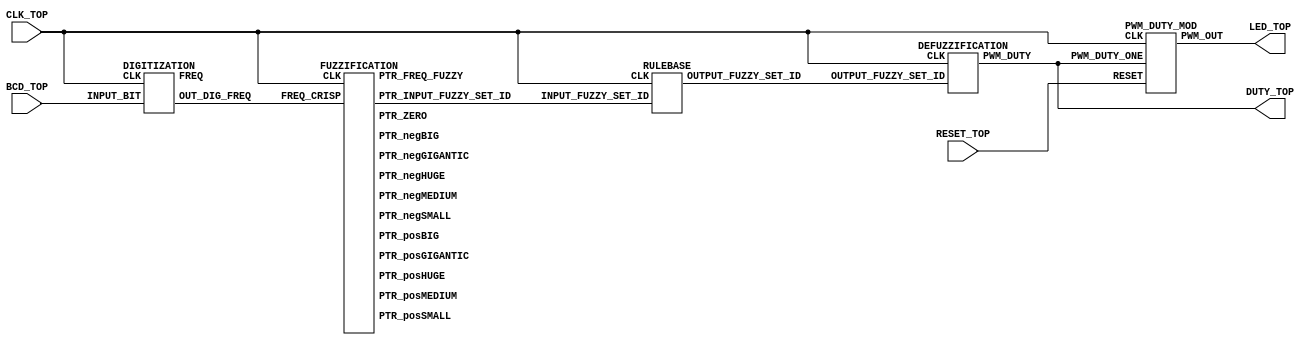
// Code your design here
`timescale 1ns / 1ps
//////////////////////////////////////////////////////////////////////////////////
// Company: 
// Engineer: 
// 
// Design Name: 
// Module Name: TOP
// Project Name: 
// Target Devices: 
// Tool Versions: 
// Description: 
// 
// Dependencies: 
// 
// Revision:
// Revision 0.01 - File Created
// Additional Comments:
// 
//////////////////////////////////////////////////////////////////////////////////

// Code your design here

module TOP_LED(
  input CLK_TOP,
  input RESET_TOP,
  input [7:0] BCD_TOP,
  //output [7:0] digital_freq,
  output [7:0] DUTY_TOP,
  //output [7:0] fuzzy_set_id
  output LED_TOP
);

  // PWM Output Pin of LED of FPGA/SoC Developement Board
  wire PWM_OUT_TOP;
  
  wire [7:0] DIGITAL_FREQ_TOP;
  
  // Digital Output Frequency 
  wire [7:0] OUT_DIG_FREQ_TOP;

  //wire [7:0] output_fuzzy_set_id;

  // Input FUZZY FREQUENCY

  wire [7:0] PTR_FREQ_FUZZY_TOP;
  wire [7:0] PTR_INPUT_FUZZY_SET_ID_TOP;

  //Input FUZZY SETS

  wire [7:0] PTR_negGIGANTIC_TOP;
  wire [7:0] PTR_negHUGE_TOP;
  wire [7:0] PTR_negBIG_TOP;
  wire [7:0] PTR_negMEDIUM_TOP;
  wire [7:0] PTR_negSMALL_TOP;
  wire [7:0] PTR_ZERO_TOP;
  wire [7:0] PTR_posSMALL_TOP;
  wire [7:0] PTR_posMEDIUM_TOP;
  wire [7:0] PTR_posBIG_TOP;
  wire [7:0] PTR_posHUGE_TOP;
  wire [7:0] PTR_posGIGANTIC_TOP;
  wire [7:0] OUTPUT_FUZZY_SET_ID_TOP;

  wire [7:0] PWM_DUTY_CYCLE_TOP;

  //reg PROCESS_Control = 2'b00;

  // 1. MODULE to Digitize the BCD Value That is Received From The ADC

  DIGITIZATION DIGITIZATION(
    .CLK(CLK_TOP),
    .INPUT_BIT(BCD_TOP),
    .FREQ(DIGITAL_FREQ_TOP),
    .OUT_DIG_FREQ(OUT_DIG_FREQ_TOP)
  );

  // 2. MODULE to Fuzzify The Input Frequency

  FUZZIFICATION FUZZIFICATION(
    .CLK(CLK_TOP),
    .FREQ_CRISP(OUT_DIG_FREQ_TOP),
    .PTR_FREQ_FUZZY(PTR_FREQ_FUZZY_TOP),
    .PTR_INPUT_FUZZY_SET_ID(PTR_INPUT_FUZZY_SET_ID_TOP),
    .PTR_negGIGANTIC(PTR_negGIGANTIC_TOP),
    .PTR_negHUGE(PTR_negHUGE_TOP),
    .PTR_negBIG(PTR_negBIG_TOP),
    .PTR_negMEDIUM(PTR_negMEDIUM_TOP),
    .PTR_negSMALL(PTR_negSMALL_TOP),
    .PTR_ZERO(PTR_ZERO_TOP),
    .PTR_posSMALL(PTR_posSMALL_TOP),
    .PTR_posMEDIUM(PTR_posMEDIUM_TOP),
    .PTR_posBIG(PTR_posBIG_TOP),
    .PTR_posHUGE(PTR_posHUGE_TOP),
    .PTR_posGIGANTIC(PTR_posGIGANTIC_TOP)
  );

  // 3. RULEBASE MODULE to Infer The Output Membership Function Based On The Input Membership Function

  RULEBASE RULEBASE(
    .CLK(CLK_TOP),
    .INPUT_FUZZY_SET_ID(PTR_INPUT_FUZZY_SET_ID_TOP),
    .OUTPUT_FUZZY_SET_ID(OUTPUT_FUZZY_SET_ID_TOP)
  );

  // 4. DEFUZZIFICATION MODULE to Defuzzify The Fuzzy Values Into a Crisp Output

  DEFUZZIFICATION DEFUZZIFICATION(
    .CLK(CLK_TOP),
    .OUTPUT_FUZZY_SET_ID(OUTPUT_FUZZY_SET_ID_TOP),
    .PWM_DUTY(PWM_DUTY_CYCLE_TOP)
  );

  PWM_DUTY_MOD PWM_DUTY_MOD(.CLK(CLK_TOP),
                    .RESET(RESET_TOP),
                    .PWM_DUTY_ONE(PWM_DUTY_CYCLE_TOP),
                    .PWM_OUT(PWM_OUT_TOP)
                   );
  
  assign DUTY_TOP = PWM_DUTY_CYCLE_TOP;
  //assign fuzzy_set_id = output_fuzzy_set_id;
  assign LED_TOP = PWM_OUT_TOP;

endmodule

// Digitization Module

module DIGITIZATION(
  input CLK,
  input  [7:0] INPUT_BIT,
  output [7:0] OUT_DIG_FREQ,
  output [7:0] FREQ
); 
  reg BIT_ONE = 1'b1;
  reg BIT_ZER = 1'b0;
  reg [3:0] LSB_DIG;
  reg [3:0] MSB_DIG;   
  reg [7:0] INTERNAL_FREQ;
   
  // This 'always' Block Only Converts The Data Bits Received In The PMOD Ports of The FPGA BOARD to Binary Digit Values.

  always @(posedge CLK) 
    begin
      //  Aassigning Appropriate Values to The BCD LSB
      if ((INPUT_BIT[3] == BIT_ZER) && (INPUT_BIT[2] == BIT_ZER) && (INPUT_BIT[1] == BIT_ZER) && (INPUT_BIT[0] == BIT_ZER))
        begin
          LSB_DIG <= 4'b0000;
        end 
      else if ((INPUT_BIT[3] == BIT_ZER) && (INPUT_BIT[2] == BIT_ZER) && (INPUT_BIT[1] == BIT_ZER) && (INPUT_BIT[0] == BIT_ONE)) 
        begin
          LSB_DIG <= 4'b0001;
        end 
      else if ((INPUT_BIT[3] == BIT_ZER) && (INPUT_BIT[2] == BIT_ZER) && (INPUT_BIT[1] == BIT_ONE) && (INPUT_BIT[0] == BIT_ZER)) 
        begin
            LSB_DIG <= 4'b0010;
        end 
      else if ((INPUT_BIT[3] == BIT_ZER) && (INPUT_BIT[2] == BIT_ZER) && (INPUT_BIT[1] == BIT_ONE) && (INPUT_BIT[0] == BIT_ONE)) 
          begin
            LSB_DIG <= 4'b0011;
        end 
      else if ((INPUT_BIT[3] == BIT_ZER) && (INPUT_BIT[2] == BIT_ONE) && (INPUT_BIT[1] == BIT_ZER) && (INPUT_BIT[0] == BIT_ZER)) 
        begin
            LSB_DIG <= 4'b0100;
        end 
      else if ((INPUT_BIT[3] == BIT_ZER) && (INPUT_BIT[2] == BIT_ONE) && (INPUT_BIT[1] == BIT_ZER) && (INPUT_BIT[0] == BIT_ONE)) 
        begin
            LSB_DIG <= 4'b0101;
        end 
      else if ((INPUT_BIT[3] == BIT_ZER) && (INPUT_BIT[2] == BIT_ONE) && (INPUT_BIT[1] == BIT_ONE) && (INPUT_BIT[0] == BIT_ZER)) 
        begin
            LSB_DIG <= 4'b0110;
        end 
      else if ((INPUT_BIT[3] == BIT_ZER) && (INPUT_BIT[2] == BIT_ONE) && (INPUT_BIT[1] == BIT_ONE) && (INPUT_BIT[0] == BIT_ONE)) 
        begin
            LSB_DIG <= 4'b0111;    
        end 
      else if ((INPUT_BIT[3] == BIT_ONE) && (INPUT_BIT[2] == BIT_ZER) && (INPUT_BIT[1] == BIT_ZER) && (INPUT_BIT[0] == BIT_ZER)) 
        begin
            LSB_DIG <= 4'b1000;
        end 
      else if ((INPUT_BIT[3] == BIT_ONE) && (INPUT_BIT[2] == BIT_ZER) && (INPUT_BIT[1] == BIT_ZER) && (INPUT_BIT[0] == BIT_ONE)) 
        begin
            LSB_DIG <= 4'b1001;
        end
      
      //  Aassigning Appropriate Values to The BCD MSB      
      if ((INPUT_BIT[7] == BIT_ZER) && (INPUT_BIT[6] == BIT_ZER) && (INPUT_BIT[5] == BIT_ZER) && (INPUT_BIT[4] == BIT_ZER)) 
        begin
            MSB_DIG <= 4'b0000;
        end 
      else if ((INPUT_BIT[7] == BIT_ZER) && (INPUT_BIT[6] == BIT_ZER) && (INPUT_BIT[5] == BIT_ZER) && (INPUT_BIT[4] == BIT_ONE)) 
          begin
            MSB_DIG <= 4'b0001;
        end 
      else if ((INPUT_BIT[7] == BIT_ZER) && (INPUT_BIT[6] == BIT_ZER) && (INPUT_BIT[5] == BIT_ONE) && (INPUT_BIT[4] == BIT_ZER)) 
        begin
            MSB_DIG <= 4'b0010;
        end 
      else if ((INPUT_BIT[7] == BIT_ZER) && (INPUT_BIT[6] == BIT_ZER) && (INPUT_BIT[5] == BIT_ONE) && (INPUT_BIT[4] == BIT_ONE)) 
        begin
            MSB_DIG <= 4'b0011;
        end 
      else if ((INPUT_BIT[7] == BIT_ZER) && (INPUT_BIT[6] == BIT_ONE) && (INPUT_BIT[5] == BIT_ZER) && (INPUT_BIT[4] == BIT_ZER)) 
        begin
            MSB_DIG <= 4'b0100;
        end 
      else if ((INPUT_BIT[7] == BIT_ZER) && (INPUT_BIT[6] == BIT_ONE) && (INPUT_BIT[5] == BIT_ZER) && (INPUT_BIT[4] == BIT_ONE)) 
        begin
            MSB_DIG <= 4'b0101;
        end 
      else if ((INPUT_BIT[7] == BIT_ZER) && (INPUT_BIT[6] == BIT_ONE) && (INPUT_BIT[5] == BIT_ONE) && (INPUT_BIT[4] == BIT_ZER)) 
        begin
            MSB_DIG <= 4'b0110;
        end 
      else if ((INPUT_BIT[7] == BIT_ZER) && (INPUT_BIT[6] == BIT_ONE) && (INPUT_BIT[5] == BIT_ONE) && (INPUT_BIT[4] == BIT_ONE)) 
        begin
            MSB_DIG <= 4'b0111;
        end 
      else if ((INPUT_BIT[7] == BIT_ONE) && (INPUT_BIT[6] == BIT_ZER) && (INPUT_BIT[5] == BIT_ZER) && (INPUT_BIT[4] == BIT_ZER)) 
        begin
            MSB_DIG <= 4'b1000;
        end 
      else if ((INPUT_BIT[7] == BIT_ONE) && (INPUT_BIT[6] == BIT_ZER) && (INPUT_BIT[5] == BIT_ZER) && (INPUT_BIT[4] == BIT_ONE)) 
        begin
            MSB_DIG <= 4'b1001;
        end
    end

  always @*
    begin
       INTERNAL_FREQ <= (MSB_DIG * 4'b1010) + {3'b0, LSB_DIG};
    end
  
  assign FREQ = INTERNAL_FREQ;
  
  reg [7:0] DIG_FREQ;
  
  parameter ZER = 5'b00000;
  parameter ONE = 5'b00001;
  parameter TWO = 5'b00010;
  parameter THR = 5'b00011;
  parameter FOR = 5'b00100;
  parameter FIV = 5'b00101; 
  parameter SIX = 5'b00110; 
  parameter SEV = 5'b00111; 
  parameter EIG = 5'b01000;
  parameter NIN = 5'b01001;
  parameter TEN = 5'b01010;
  parameter ELE = 5'b01011;
  parameter TWE = 5'b01100;
  parameter THI = 5'b01101;
  parameter FRT = 5'b01110;
  parameter FIF = 5'b01111;
  parameter SXT = 5'b10000;
  parameter SVT = 5'b10001;
  parameter EIT = 5'b10010;
  parameter NIT = 5'b10011;
  parameter TWT = 5'b10100;
  parameter TON = 5'b10101;
    
  
  parameter  FORTY_eBIT        = 8'b00101000;
  parameter  FORTY_ONE_eBIT    = 8'b00101001; 
  parameter  FORTY_TWO_eBIT    = 8'b00101010;
  parameter  FORTY_THREE_eBIT  = 8'b00101011;
  parameter  FORTY_FOUR_eBIT   = 8'b00101100;
  parameter  FORTY_FIVE_eBIT   = 8'b00101101;
  parameter  FORTY_SIX_eBIT    = 8'b00101110;
  parameter  FORTY_SEVEN_eBIT  = 8'b00101111;
  parameter  FORTY_EIGHT_eBIT  = 8'b00110000;
  parameter  FORTY_NINE_eBIT   = 8'b00110001;
  parameter  FIFTY_eBIT        = 8'b00110010;
  parameter  FIFTY_ONE_eBIT    = 8'b00110011;
  parameter  FIFTY_TWO_eBIT    = 8'b00110100;
  parameter  FIFTY_THREE_eBIT  = 8'b00110101;
  parameter  FIFTY_FOUR_eBIT   = 8'b00110110;
  parameter  FIFTY_FIVE_eBIT   = 8'b00110111;
  parameter  FIFTY_SIX_eBIT    = 8'b00111000;
  parameter  FIFTY_SEVEN_eBIT  = 8'b00111001;
  parameter  FIFTY_EIGHT_eBIT  = 8'b00111010;
  parameter  FIFTY_NINE_eBIT   = 8'b00111011;
  parameter  SIXTY_eBIT        = 8'b00111100;
 
  always @(posedge CLK)
    begin
      if(INTERNAL_FREQ <= FORTY_eBIT)
        begin
          DIG_FREQ = ZER;
        end
      else if((INTERNAL_FREQ > FORTY_eBIT) && (INTERNAL_FREQ <= FORTY_ONE_eBIT))
        begin
          DIG_FREQ = ONE;
        end
      else if((INTERNAL_FREQ > FORTY_ONE_eBIT ) && (INTERNAL_FREQ <= FORTY_TWO_eBIT))
        begin
          DIG_FREQ = TWO;
        end
      else if((INTERNAL_FREQ > FORTY_TWO_eBIT) && (INTERNAL_FREQ <= FORTY_THREE_eBIT))
        begin
          DIG_FREQ = THR;
        end
      else if((INTERNAL_FREQ > FORTY_THREE_eBIT) && (INTERNAL_FREQ <= FORTY_FOUR_eBIT))
        begin
          DIG_FREQ = FOR;
        end
      else if((INTERNAL_FREQ > FORTY_FOUR_eBIT) && (INTERNAL_FREQ <= FORTY_FIVE_eBIT))
        begin
          DIG_FREQ = FIV;
        end
      else if((INTERNAL_FREQ > FORTY_FIVE_eBIT) && (INTERNAL_FREQ<= FORTY_SIX_eBIT))
        begin
          DIG_FREQ = SIX;
        end
      else if((INTERNAL_FREQ > FORTY_SIX_eBIT) && (INTERNAL_FREQ <= FORTY_SEVEN_eBIT))
        begin
          DIG_FREQ = SEV;
        end
      else if((INTERNAL_FREQ > FORTY_SEVEN_eBIT) && (INTERNAL_FREQ <= FORTY_EIGHT_eBIT))
        begin
          DIG_FREQ = EIG;
        end
      else if((INTERNAL_FREQ > FORTY_EIGHT_eBIT) && (INTERNAL_FREQ <= FORTY_NINE_eBIT))
        begin
          DIG_FREQ = NIN;
        end
      else if((INTERNAL_FREQ > FORTY_NINE_eBIT) && (INTERNAL_FREQ <= FIFTY_eBIT))
        begin
          DIG_FREQ = TEN;
        end
      else if((INTERNAL_FREQ > FIFTY_eBIT) && (INTERNAL_FREQ <= FIFTY_ONE_eBIT))
        begin
          DIG_FREQ = ELE;
        end
      else if((INTERNAL_FREQ > FIFTY_ONE_eBIT) && (INTERNAL_FREQ <= FIFTY_TWO_eBIT))
        begin
          DIG_FREQ = TWE;
        end
      else if((INTERNAL_FREQ > FIFTY_TWO_eBIT) && (INTERNAL_FREQ <= FIFTY_THREE_eBIT))
        begin
          DIG_FREQ = THI;
        end
      else if((INTERNAL_FREQ > FIFTY_THREE_eBIT) && (INTERNAL_FREQ <= FIFTY_FOUR_eBIT))
        begin
          DIG_FREQ = FRT;
        end
      else if((INTERNAL_FREQ > FIFTY_FOUR_eBIT) && (INTERNAL_FREQ <= FIFTY_FIVE_eBIT))
        begin
          DIG_FREQ = FIF;
        end
      else if((INTERNAL_FREQ > FIFTY_FIVE_eBIT) && (INTERNAL_FREQ <= FIFTY_SIX_eBIT))
        begin
          DIG_FREQ = SXT;
        end
      else if((INTERNAL_FREQ > FIFTY_SIX_eBIT) && (INTERNAL_FREQ <= FIFTY_SEVEN_eBIT))
        begin
          DIG_FREQ = SVT;
        end
      else if((INTERNAL_FREQ > FIFTY_SEVEN_eBIT) && (INTERNAL_FREQ <= FIFTY_EIGHT_eBIT))
        begin
          DIG_FREQ = EIT;
        end
      else if((INTERNAL_FREQ > FIFTY_EIGHT_eBIT) && (INTERNAL_FREQ <= FIFTY_NINE_eBIT))
        begin
          DIG_FREQ = NIT;
        end
      else if((INTERNAL_FREQ > FIFTY_NINE_eBIT) && (INTERNAL_FREQ <= SIXTY_eBIT))
        begin
          DIG_FREQ = TWT;
        end
      else if(INTERNAL_FREQ > SIXTY_eBIT)
        begin
          DIG_FREQ = TON;
        end
    end     
  
  assign OUT_DIG_FREQ = DIG_FREQ;
              
endmodule

// Fuzzification

module FUZZIFICATION (
  input  CLK,
  input  [7:0] FREQ_CRISP, 
  output [7:0] PTR_FREQ_FUZZY, 
  output [7:0] PTR_INPUT_FUZZY_SET_ID, 
  output [7:0] PTR_negGIGANTIC, 
  output [7:0] PTR_negHUGE, 
  output [7:0] PTR_negBIG, 
  output [7:0] PTR_negMEDIUM, 
  output [7:0] PTR_negSMALL, 
  output [7:0] PTR_ZERO, 
  output [7:0] PTR_posSMALL, 
  output [7:0] PTR_posMEDIUM, 
  output [7:0] PTR_posBIG, 
  output [7:0] PTR_posHUGE, 
  output [7:0] PTR_posGIGANTIC 
);
    
  reg [7:0] INT_FREQ_FUZZY;
  reg [7:0] INT_INPUT_FUZZY_SET_ID; 
  reg [7:0] INT_negGIGANTIC;
  reg [7:0] INT_negHUGE; 
  reg [7:0] INT_negBIG;
  reg [7:0] INT_negMEDIUM; 
  reg [7:0] INT_negSMALL; 
  reg [7:0] INT_ZERO; 
  reg [7:0] INT_posSMALL; 
  reg [7:0] INT_posMEDIUM; 
  reg [7:0] INT_posBIG; 
  reg [7:0] INT_posHUGE; 
  reg [7:0] INT_posGIGANTIC; 
    
  parameter ZERO_eBIT      =  8'b00000000;
  parameter ONE_eBIT       =  8'b00000001;
  parameter TWO_eBIT       =  8'b00000010;
  parameter THREE_eBIT     =  8'b00000011;
  parameter FOUR_eBIT      =  8'b00000100;
  parameter FIVE_eBIT      =  8'b00000101;
  parameter SIX_eBIT       =  8'b00000110;
  parameter SEVEN_eBIT     =  8'b00000111;
  parameter EIGHT_eBIT     =  8'b00001000;
  parameter NINE_eBIT      =  8'b00001001;
  parameter TEN_eBIT       =  8'b00001010;
  parameter ELEVEN_eBIT    =  8'b00001011;
  parameter TWELVE_eBIT    =  8'b00001100;
  parameter THIRTEEN_eBIT  =  8'b00001101;
  parameter FOURTEEN_eBIT  =  8'b00001110;
  parameter FIFTEEN_eBIT   =  8'b00001111;
  parameter SIXTEEN_eBIT   =  8'b00010000;
  parameter SEVENTEEN_eBIT =  8'b00010001;
  parameter EIGHTEEN_eBIT  =  8'b00010010;
  parameter NINETEEN_eBIT  =  8'b00010011;
  parameter TWENTY_eBIT    =  8'b00010100;
  
  // Internal Register to Hold The Crisp Value of Frequency
  reg [7:0] INT_FREQ_CRISP;
  
  always@ (posedge CLK) 
    begin
      INT_FREQ_CRISP <= FREQ_CRISP;
    
      if (INT_FREQ_CRISP < ZERO_eBIT) 
        begin
          INT_negGIGANTIC <= ONE_eBIT; // Neg Gignatic
            
          // Identifying The Selected Fuzzy Set
          
          INT_INPUT_FUZZY_SET_ID <= ONE_eBIT; 
          // The Input to Rule Base is Calculated With MAX Rule, Direct Assignment Works As Only One Value Exists 
          INT_FREQ_FUZZY <= INT_negGIGANTIC;

          /* Set everything else to zero */
          INT_negHUGE     <= 8'b00000000;
          INT_negBIG      <= 8'b00000000;
          INT_negMEDIUM   <= 8'b00000000;
          INT_negSMALL    <= 8'b00000000;
          INT_ZERO        <= 8'b00000000;
          INT_posSMALL    <= 8'b00000000;
          INT_posMEDIUM   <= 8'b00000000;
          INT_posBIG      <= 8'b00000000;
          INT_posHUGE     <= 8'b00000000;
          INT_posGIGANTIC <= 8'b00000000;
        end 
      
      else if ((INT_FREQ_CRISP >= ZERO_eBIT) && (INT_FREQ_CRISP < TWO_eBIT)) 
        begin
          // Int_negHuge <= FREQ_CRISP
          // int_negGigantic <= (TWO_eBIT - int_freq_crisp)
          // Instead of a Division Algo, a Division by 2 LUT is created below.
          case (FREQ_CRISP)
            ZERO_eBIT: 
              begin
                INT_negHUGE <= ZERO_eBIT;       //   0   / 2 = 0
                INT_negGIGANTIC <= ONE_eBIT;    // (2-0) / 2 = 1 
              end
            ONE_eBIT:  
              begin
                INT_negHUGE <= ONE_eBIT;     // 1 / 2 = 1
                INT_negGIGANTIC <= ZERO_eBIT; // (2-1) / 2 = 1
              end
          endcase
        
          if (INT_negHUGE >= INT_negGIGANTIC) 
            begin
              INT_FREQ_FUZZY <= INT_negHUGE;
              INT_INPUT_FUZZY_SET_ID <= TWO_eBIT;
            end 
          else 
            begin
              INT_FREQ_FUZZY <= INT_negGIGANTIC;
              INT_INPUT_FUZZY_SET_ID <= ONE_eBIT;
            end
            
          // Set Everything Else to Zero
          INT_negBIG      <= 8'b00000000;
          INT_negMEDIUM   <= 8'b00000000;
          INT_negSMALL    <= 8'b00000000;
          INT_ZERO        <= 8'b00000000;
          INT_posSMALL    <= 8'b00000000;
          INT_posMEDIUM   <= 8'b00000000;
          INT_posBIG      <= 8'b00000000;
          INT_posHUGE     <= 8'b00000000;
          INT_posGIGANTIC <= 8'b00000000;
        end 
    
      else if ((INT_FREQ_CRISP >= TWO_eBIT) && (INT_FREQ_CRISP < FOUR_eBIT)) 
        begin
          case (FREQ_CRISP)
            TWO_eBIT: 
              begin
                // int_negHuge <= (four_ebit - int_freq_crisp) / two_ebit;
                INT_negHUGE <= ONE_eBIT;       /* (4 - 2) / 2 = 1 */
                                    
                // int_negBig <=  (int_freq_crisp - two_ebit) / two_ebit;
                INT_negBIG <= ZERO_eBIT;       /* (2 - 2) / 2 = 0 */
              end
            THREE_eBIT:  
              begin
                // int_negHuge <= (four_ebit - int_freq_crisp) / two_ebit ;
                INT_negHUGE <= ZERO_eBIT;      /* (4 - 3) / 2 = 1 */
                                    
                // int_negBig <=  (int_freq_crisp - two_ebit) / two_ebit ;
                INT_negBIG <= ONE_eBIT;        /* (3 - 2) / 2 = 0 */
              end
          endcase
        
          if (INT_negHUGE >= INT_negBIG) 
            begin
              INT_FREQ_FUZZY <= INT_negHUGE;
              INT_INPUT_FUZZY_SET_ID <= TWO_eBIT;
            end 
          else 
            begin
              INT_FREQ_FUZZY <= INT_negBIG;
              INT_INPUT_FUZZY_SET_ID <= THREE_eBIT;
            end
            
          // Set Everything Else to Zero 
          INT_negGIGANTIC <= 8'b00000000;
          INT_negMEDIUM   <= 8'b00000000;
          INT_negSMALL    <= 8'b00000000;
          INT_ZERO        <= 8'b00000000;
          INT_posSMALL    <= 8'b00000000;
          INT_posMEDIUM   <= 8'b00000000;
          INT_posBIG      <= 8'b00000000;
          INT_posHUGE     <= 8'b00000000;
          INT_posGIGANTIC <= 8'b00000000;
            
        end
      
      else if ((INT_FREQ_CRISP >= FOUR_eBIT) && (INT_FREQ_CRISP < SIX_eBIT)) 
        begin
          case (FREQ_CRISP)
            FOUR_eBIT: 
              begin
                // int_negBig <= (six_ebit - int_freq_crisp) / two_ebit;
                INT_negBIG      <= ONE_eBIT;       // (6 - 4) / 2 = 1 (44 Hz Should be Negative Big With 1 Membership Value)
                // int_negMedium <= (int_freq_crisp - 4) / two_ebit; */
                INT_negMEDIUM   <= ZERO_eBIT;   // (4 - 2) / 2 = 1 (44 Hz Should be Negative Medium with 0 Membership Value)
              end
            
            FIVE_eBIT:  
              begin
                // int_negBig <= (six_ebit - int_freq_crisp) / two_ebit;
                INT_negBIG      <= ZERO_eBIT;    // (6 - 5) / 2 = 0.5 (45 Hz should be negative Big with 0 membership value) 
                // int_negMedium <= (int_freq_crisp - 4) / two_ebit;
                INT_negMEDIUM <= ONE_eBIT;  // (5 - 4) / 2 = 0.5 (44 Hz should be negative medium with 1 membership value)
              end
          endcase
        
          // Selecting the Maximum Value
          if (INT_negBIG >= INT_negMEDIUM) 
            begin
              INT_FREQ_FUZZY         <= INT_negBIG;
              INT_INPUT_FUZZY_SET_ID <= THREE_eBIT;
            end 
          else 
            begin
              INT_FREQ_FUZZY         <= INT_negMEDIUM;
              INT_INPUT_FUZZY_SET_ID <= FOUR_eBIT;
            end
          // Set Everything Else to Zero 
          INT_negGIGANTIC <= 8'b00000000;
          INT_negHUGE     <= 8'b00000000;
          INT_negSMALL    <= 8'b00000000;
          INT_ZERO        <= 8'b00000000;
          INT_posSMALL    <= 8'b00000000;
          INT_posMEDIUM   <= 8'b00000000;
          INT_posBIG      <= 8'b00000000;
          INT_posHUGE     <= 8'b00000000;
          INT_posGIGANTIC <= 8'b00000000;
            
        end 
    
      else if ((INT_FREQ_CRISP >= SIX_eBIT) && (INT_FREQ_CRISP < EIGHT_eBIT)) 
        begin
          case (FREQ_CRISP)
            SIX_eBIT: 
              begin       
                INT_negMEDIUM <= ONE_eBIT;    
                INT_negSMALL  <= ZERO_eBIT;
              end
            SEVEN_eBIT:  
              begin
                INT_negMEDIUM <= ZERO_eBIT;                                            
                INT_negSMALL <= ONE_eBIT;
              end
          endcase

          // Selecting the maximum value 
          if (INT_negMEDIUM >= INT_negSMALL) 
            begin
              INT_FREQ_FUZZY <= INT_negMEDIUM;
              INT_INPUT_FUZZY_SET_ID <= FOUR_eBIT;
            end 
          else 
            begin
              INT_FREQ_FUZZY <= INT_negSMALL;
              INT_INPUT_FUZZY_SET_ID <= FIVE_eBIT;
            end
        
          // Set Everything Else to Zero 
          INT_negGIGANTIC <= 8'b00000000;
          INT_negHUGE     <= 8'b00000000;
          INT_negBIG      <= 8'b00000000;
          INT_ZERO        <= 8'b00000000;
          INT_posSMALL    <= 8'b00000000;
          INT_posMEDIUM   <= 8'b00000000;
          INT_posBIG      <= 8'b00000000;
          INT_posHUGE     <= 8'b00000000;
          INT_posGIGANTIC <= 8'b00000000;
        end
    
      else if ((INT_FREQ_CRISP >= EIGHT_eBIT) && (INT_FREQ_CRISP < TWELVE_eBIT)) 
        begin
          case (FREQ_CRISP)
            EIGHT_eBIT: 
              begin     
                INT_negSMALL <= ONE_eBIT;                                                    
                INT_ZERO     <= ZERO_eBIT;   
              end
            NINE_eBIT:  
              begin  
                INT_negSMALL <= ZERO_eBIT;
                INT_ZERO     <= ONE_eBIT;  
              end
            TEN_eBIT:
              begin
                INT_negSMALL <= ZERO_eBIT;    
                INT_ZERO     <= ONE_eBIT;
              end
            ELEVEN_eBIT:
              begin
                INT_negSMALL <= ZERO_eBIT;  
                INT_ZERO     <= ONE_eBIT;  
              end            
          endcase
            
          // Selecting The Maximum Value
          if (INT_negSMALL >= INT_ZERO) 
            begin
              INT_FREQ_FUZZY <= INT_negSMALL;
              INT_INPUT_FUZZY_SET_ID <= FIVE_eBIT;
            end 
          else 
            begin
              INT_FREQ_FUZZY         <= INT_ZERO;
              INT_INPUT_FUZZY_SET_ID <= SIX_eBIT;
            end
          // Set Everything Else to Zero 
          INT_negGIGANTIC <= 8'b00000000;
          INT_negHUGE     <= 8'b00000000;
          INT_negBIG      <= 8'b00000000;
          INT_negMEDIUM   <= 8'b00000000;
          INT_posSMALL    <= 8'b00000000;
          INT_posMEDIUM   <= 8'b00000000;
          INT_posBIG      <= 8'b00000000;
          INT_posHUGE     <= 8'b00000000;
          INT_posGIGANTIC <= 8'b00000000;
        
        end 
    
      else if ((INT_FREQ_CRISP >= TWELVE_eBIT) && (INT_FREQ_CRISP < FOURTEEN_eBIT)) 
        begin
          case (FREQ_CRISP)
            TWELVE_eBIT: 
              begin  
                INT_ZERO <= ONE_eBIT;
                INT_posSMALL <= ZERO_eBIT; 
              end
            THIRTEEN_eBIT:  
              begin
                INT_ZERO <= ZERO_eBIT;   
                INT_posSMALL <= ONE_eBIT;
              end
          endcase
        
          // Selecting The Maximum Value
          if (INT_ZERO >= INT_posSMALL) 
            begin
              INT_FREQ_CRISP <= INT_ZERO;
              INT_INPUT_FUZZY_SET_ID <= SIX_eBIT;
            end 
          else 
            begin
              INT_FREQ_FUZZY <= INT_posSMALL;
              INT_INPUT_FUZZY_SET_ID <= SEVEN_eBIT;
            end
        
          // Set Everything Else to Zero 
          INT_negGIGANTIC <= 8'b00000000;
          INT_negHUGE     <= 8'b00000000;
          INT_negBIG      <= 8'b00000000;
          INT_negMEDIUM   <= 8'b00000000;
          INT_negSMALL    <= 8'b00000000;
          INT_posMEDIUM   <= 8'b00000000;
          INT_posBIG      <= 8'b00000000;
          INT_posHUGE     <= 8'b00000000;
          INT_posGIGANTIC <= 8'b00000000;
		    
        end 
      
      else if ((INT_FREQ_CRISP >= FOURTEEN_eBIT) && (INT_FREQ_CRISP < SIXTEEN_eBIT)) 
        begin
          case(FREQ_CRISP)
            FOURTEEN_eBIT: 
              begin 
                INT_posSMALL <= ONE_eBIT; 
                INT_posMEDIUM <= ZERO_eBIT; 
              end
            FIFTEEN_eBIT:  
              begin 
                INT_posSMALL <= ZERO_eBIT;  
                INT_posMEDIUM <= ONE_eBIT;   
              end
          endcase
          if(INT_posMEDIUM >= INT_posSMALL) 
            begin
              INT_FREQ_FUZZY <= INT_posMEDIUM;
              INT_INPUT_FUZZY_SET_ID <= EIGHT_eBIT;
            end 
          else 
            begin
              INT_FREQ_FUZZY <= INT_posSMALL;
              INT_INPUT_FUZZY_SET_ID <= SEVEN_eBIT;
            end
        
          // Set Everything Else to Zero 
          INT_negGIGANTIC <= 8'b00000000;
          INT_negHUGE     <= 8'b00000000;
          INT_negBIG      <= 8'b00000000;
          INT_negMEDIUM   <= 8'b00000000;
          INT_negSMALL    <= 8'b00000000;
          INT_ZERO        <= 8'b00000000;
          INT_posBIG      <= 8'b00000000;
          INT_posHUGE     <= 8'b00000000;
          INT_posGIGANTIC <= 8'b00000000;
        end 
    
      else if ((INT_FREQ_CRISP >= SIXTEEN_eBIT) && (INT_FREQ_CRISP < EIGHTEEN_eBIT)) 
        begin
          case (FREQ_CRISP)
            SIXTEEN_eBIT: 
              begin 
                INT_posMEDIUM <= ONE_eBIT;  
                INT_posBIG <= ZERO_eBIT;  
              end
            SEVENTEEN_eBIT:  
              begin
                INT_posMEDIUM <= ZERO_eBIT; 
                INT_posBIG <= ONE_eBIT;  
              end
          endcase     
          // Selecting The Maximum Value 
          if (INT_posBIG >= INT_posMEDIUM) 
            begin
              INT_FREQ_FUZZY <= INT_posBIG;
              INT_INPUT_FUZZY_SET_ID <= NINE_eBIT;
            end 
          else 
            begin
              INT_FREQ_FUZZY <= INT_posMEDIUM;
              INT_INPUT_FUZZY_SET_ID <= EIGHT_eBIT;
            end
          // Set Everything Else to Zero
          INT_negGIGANTIC <= 8'b00000000;
          INT_negHUGE     <= 8'b00000000;
          INT_negBIG      <= 8'b00000000;
          INT_negMEDIUM   <= 8'b00000000;
          INT_negSMALL    <= 8'b00000000;
          INT_ZERO        <= 8'b00000000;
          INT_posSMALL    <= 8'b00000000;
          INT_posHUGE     <= 8'b00000000;
          INT_posGIGANTIC <= 8'b00000000;
      
        end 
            
      else if ((INT_FREQ_CRISP >= EIGHTEEN_eBIT) && (INT_FREQ_CRISP <= TWENTY_eBIT)) 
        begin
          case (FREQ_CRISP)
            EIGHTEEN_eBIT: 
              begin
                INT_posBIG <= ONE_eBIT; 
                INT_posHUGE <= ZERO_eBIT; 
              end
            NINETEEN_eBIT:  
              begin             
                INT_posBIG <= ZERO_eBIT;  
                INT_posHUGE <= ONE_eBIT;
              end      
          endcase
        
          // Selecting The Maximum Value 
          if (INT_posBIG >= INT_posHUGE) 
            begin
              INT_FREQ_FUZZY <= INT_posBIG;
              INT_INPUT_FUZZY_SET_ID <= NINE_eBIT;
            end 
          else 
            begin
              INT_FREQ_FUZZY <= INT_posHUGE;
              INT_INPUT_FUZZY_SET_ID <= TEN_eBIT;
            end
        
          // Set Everything Else to Zero
          INT_negGIGANTIC <= 8'b00000000;
          INT_negHUGE     <= 8'b00000000;
          INT_negBIG      <= 8'b00000000;
          INT_negMEDIUM   <= 8'b00000000;
          INT_negSMALL    <= 8'b00000000;
          INT_ZERO        <= 8'b00000000;
          INT_posSMALL    <= 8'b00000000;
          INT_posMEDIUM   <= 8'b00000000;
          INT_posGIGANTIC <= 8'b00000000;
        end 
    
      else if (INT_FREQ_CRISP >= TWENTY_eBIT) 
        begin
          case (FREQ_CRISP)
            TWENTY_eBIT: 
              begin
                INT_posGIGANTIC <= ONE_eBIT;    
              end
          endcase
          
          // Selecting The Maximum Value
          INT_FREQ_FUZZY <= INT_posGIGANTIC;
          INT_INPUT_FUZZY_SET_ID <= ELEVEN_eBIT;
          
         // Set Everything Else to Zero
          INT_negGIGANTIC <= 8'b00000000;
          INT_negHUGE     <= 8'b00000000;
          INT_negBIG      <= 8'b00000000;
          INT_negMEDIUM   <= 8'b00000000;
          INT_negSMALL    <= 8'b00000000;
          INT_ZERO        <= 8'b00000000;
          INT_posSMALL    <= 8'b00000000;
          INT_posMEDIUM   <= 8'b00000000;
          INT_posBIG      <= 8'b00000000;
          INT_posHUGE     <= 8'b00000000;
        end        
    end 
  
  assign PTR_FREQ_FUZZY         = INT_FREQ_FUZZY; 
  assign PTR_INPUT_FUZZY_SET_ID = INT_INPUT_FUZZY_SET_ID; 
  assign PTR_negGIGANTIC        = INT_negGIGANTIC; 
  assign PTR_negHUGE            = INT_negHUGE; 
  assign PTR_negBIG             = INT_negBIG; 
  assign PTR_negMEDIUM          = INT_negMEDIUM; 
  assign PTR_negSMALL           = INT_negSMALL;
  assign PTR_ZERO               = INT_ZERO; 
  assign PTR_posSMALL           = INT_posSMALL; 
  assign PTR_posMEDIUM          = INT_posMEDIUM;
  assign PTR_posBIG             = INT_posBIG; 
  assign PTR_posHUGE            = INT_posHUGE; 
  assign PTR_posGIGANTIC        = INT_posGIGANTIC;

endmodule

//RuleBase Mdoule

module RULEBASE(
  input        CLK,
  input  [7:0] INPUT_FUZZY_SET_ID, 
  output [7:0] OUTPUT_FUZZY_SET_ID
);
  
  // Local Parameters to Represent The Numbers For Readability
  localparam ONE_eBIT       =  8'b00000001;
  localparam TWO_eBIT       =  8'b00000010;
  localparam THREE_eBIT     =  8'b00000011;
  localparam FOUR_eBIT      =  8'b00000100;
  localparam FIVE_eBIT      =  8'b00000101;
  localparam SIX_eBIT       =  8'b00000110;
  localparam SEVEN_eBIT     =  8'b00000111;
  localparam EIGHT_eBIT     =  8'b00001000;
  localparam NINE_eBIT      =  8'b00001001;
  localparam TEN_eBIT       =  8'b00001010;
  localparam ELEVEN_eBIT    =  8'b00001011;
     
  
  // Internal Registers to Handle the Input and Ouput Fuzzy Sets IDs 
  reg [7:0] INT_INPUT_ID;
  reg [7:0] INT_OUTPUT_ID;
  
  always@ (posedge CLK) 
    begin
      INT_INPUT_ID = INPUT_FUZZY_SET_ID;
      if (INT_INPUT_ID == ONE_eBIT) 
        begin 
          INT_OUTPUT_ID = ELEVEN_eBIT;
        end 
      else if (INT_INPUT_ID == TWO_eBIT) 
        begin
          INT_OUTPUT_ID = TEN_eBIT;
        end 
      else if (INT_INPUT_ID == THREE_eBIT) 
        begin
          INT_OUTPUT_ID = NINE_eBIT;
        end 
      else if (INT_INPUT_ID == FOUR_eBIT) 
        begin
          INT_OUTPUT_ID = EIGHT_eBIT;
        end 
      else if (INT_INPUT_ID == FIVE_eBIT) 
        begin
          INT_OUTPUT_ID = SEVEN_eBIT;
        end 
      else if (INT_INPUT_ID == SIX_eBIT) 
        begin
          INT_OUTPUT_ID = SIX_eBIT;
        end 
      else if (INT_INPUT_ID == SEVEN_eBIT) 
        begin
          INT_OUTPUT_ID = FIVE_eBIT;
        end 
      else if (INT_INPUT_ID == EIGHT_eBIT) 
        begin
          INT_OUTPUT_ID = FOUR_eBIT;
        end 
      else if (INT_INPUT_ID == NINE_eBIT) 
        begin
          INT_OUTPUT_ID = THREE_eBIT;
        end 
      else if (INT_INPUT_ID == TEN_eBIT) 
        begin
          INT_OUTPUT_ID = TWO_eBIT;
        end 
      else if (INT_INPUT_ID == ELEVEN_eBIT) 
        begin
          INT_OUTPUT_ID = ONE_eBIT;
        end 
    end 
  
  // Assigning The Value of The Internal Register to The Output 
  assign OUTPUT_FUZZY_SET_ID = INT_OUTPUT_ID;
    
endmodule

// Defuzzification

module DEFUZZIFICATION(
  input CLK,
  input [7:0] OUTPUT_FUZZY_SET_ID,
  output [7:0] PWM_DUTY
);
    
  // Local Parameters to Represent The Numbers for Readability 
  parameter LEN_FOUR = 3;
  parameter LEN_EIGHT = 7;
    
  parameter ZERO_eBIT      =  8'b00000000;
  parameter ONE_eBIT       =  8'b00000001;
  parameter TWO_eBIT       =  8'b00000010;
  parameter THREE_eBIT     =  8'b00000011;
  parameter FOUR_eBIT      =  8'b00000100;
  parameter FIVE_eBIT      =  8'b00000101;
  parameter SIX_eBIT       =  8'b00000110;
  parameter SEVEN_eBIT     =  8'b00000111;
  parameter EIGHT_eBIT     =  8'b00001000;
  parameter NINE_eBIT      =  8'b00001001;
  parameter TEN_eBIT       =  8'b00001010;
  parameter ELEVEN_eBIT    =  8'b00001011;
  
  parameter TWENTY_eBIT =   8'b00010100;
  parameter THIRTY_eBIT =   8'b00011110;
  parameter FOURTY_eBIT =   8'b00101000;
  parameter FIFTY_eBIT =    8'b00110010;
  parameter SIXTY_eBIT =    8'b00111100;
  parameter SEVENTY_eBIT =  8'b01000110;
  parameter EIGHTY_eBIT =   8'b01010000;
  parameter NINETY_eBIT =   8'b01011010;
  parameter HUNDRED_eBIT =  8'b01100100;
   
  reg [LEN_EIGHT:0] MEMO_negGIGANTIC;
  reg [LEN_EIGHT:0] MEMO_negHUGE;
  reg [LEN_EIGHT:0] MEMO_negBIG;
  reg [LEN_EIGHT:0] MEMO_negMEDIUM;
  reg [LEN_EIGHT:0] MEMO_negSMALL;
  reg [LEN_EIGHT:0] MEMO_ZERO;
  reg [LEN_EIGHT:0] MEMO_posSMALL;
  reg [LEN_EIGHT:0] MEMO_posMEDIUM;
  reg [LEN_EIGHT:0] MEMO_posBIG;
  reg [LEN_EIGHT:0] MEMO_posHUGE;
  reg [LEN_EIGHT:0] MEMO_posGIGANTIC;
    
  reg [7:0] DEGREE_MEM;
  reg [7:0] DUTY_CYCLE;
       
  always@ (posedge CLK) 
    begin
      DEGREE_MEM = OUTPUT_FUZZY_SET_ID;
      
      case (OUTPUT_FUZZY_SET_ID) 
        ONE_eBIT:   
          begin
            // Division by 10 Causes a Floating Point Value, However, The Result Would Still be The Same Without it.
            // Division by 10 is Removed;
            MEMO_negGIGANTIC = -(DEGREE_MEM) + TEN_eBIT;         // -(1/10) + 10 = 9.9 : -(1) + 10 = 9   => NOT SELECTED 
            MEMO_negHUGE = DEGREE_MEM + 3'b100;                  // (1 / 10) = 0.1     : 1+4 = 5  => SELECTED 
            // Selecting The Lower Value of The Two
            if (MEMO_negGIGANTIC >= MEMO_negHUGE)
              DUTY_CYCLE = MEMO_negHUGE;
            else 
              DUTY_CYCLE = MEMO_negGIGANTIC;
          end
        
        TWO_eBIT:   
          begin
            MEMO_negHUGE = -(DEGREE_MEM) + TWENTY_eBIT;         // (-2 / 10) + 20 = 19.8    :  -2 + 20 = 18
            MEMO_negBIG = (DEGREE_MEM) + TEN_eBIT - 2'b10;   // (2 / 10) + 10  = 10.2    :   2 + 10 - 2 = 12 => SELECTED*
            
            // Selecting The Lower of The Two Values
            if (MEMO_negHUGE >= MEMO_negBIG)
              DUTY_CYCLE = MEMO_negBIG;
            else 
              DUTY_CYCLE = MEMO_negHUGE;
          end
        
        THREE_eBIT: 
          begin
            MEMO_negBIG = -(DEGREE_MEM) + THIRTY_eBIT;
            MEMO_negMEDIUM = (DEGREE_MEM) + TWENTY_eBIT - 3'b100;
            // Selecting The Lower of The Two Values
            if (MEMO_negBIG >= MEMO_negMEDIUM)
              DUTY_CYCLE = MEMO_negMEDIUM;
            else 
              DUTY_CYCLE = MEMO_negBIG; 
          end
        FOUR_eBIT: 
          begin
            MEMO_negMEDIUM = -(DEGREE_MEM) + FOURTY_eBIT;
            MEMO_negSMALL = (DEGREE_MEM) + THIRTY_eBIT - 2'b10;
          
            // Selecting The Lower of The Two Values
            if (MEMO_negMEDIUM >= MEMO_negSMALL)
              DUTY_CYCLE = MEMO_negSMALL;
            else 
              DUTY_CYCLE = MEMO_negMEDIUM;
          end
        FIVE_eBIT: 
          begin
            MEMO_negSMALL = -(DEGREE_MEM) + FIFTY_eBIT;
            MEMO_ZERO = (DEGREE_MEM) + FOURTY_eBIT; //
                            
            // Selecting the lower of the two values 
            if (MEMO_ZERO >= MEMO_negSMALL)
              DUTY_CYCLE = MEMO_negSMALL;
            else 
              DUTY_CYCLE = MEMO_ZERO;    
          end
        SIX_eBIT: 
          begin
            // For The Singleton Function at The Middle, Only One Value Exists
            MEMO_ZERO = FIFTY_eBIT; 
            DUTY_CYCLE = MEMO_ZERO;
          end
        SEVEN_eBIT: 
          begin
            MEMO_ZERO = -(DEGREE_MEM) + SIXTY_eBIT;     
            MEMO_posSMALL = (DEGREE_MEM) + FIFTY_eBIT;   
            // Selecting The Lower of The Two Values 
            if (MEMO_ZERO >= MEMO_posSMALL)
              DUTY_CYCLE = MEMO_ZERO;
            else 
              DUTY_CYCLE = MEMO_posSMALL;
          end
        EIGHT_eBIT: 
          begin
            MEMO_posSMALL = -(DEGREE_MEM) + SEVENTY_eBIT;
            MEMO_posMEDIUM = (DEGREE_MEM) + SIXTY_eBIT; 
                            
            // Selecting The Lower of The Two Values
            if (MEMO_posMEDIUM >= MEMO_posSMALL)
              DUTY_CYCLE = MEMO_posMEDIUM;
            else 
              DUTY_CYCLE = MEMO_posSMALL;
          end
        NINE_eBIT: 
          begin
            MEMO_posMEDIUM = -(DEGREE_MEM) + EIGHTY_eBIT;
            MEMO_posBIG = (DEGREE_MEM) + SEVENTY_eBIT;
            
            // Selecting The Lower of The Two Values
            if (MEMO_posMEDIUM >= MEMO_posBIG)
              DUTY_CYCLE = MEMO_posMEDIUM;
            else 
              DUTY_CYCLE = MEMO_posBIG;
          end
        TEN_eBIT: 
          begin
            MEMO_posBIG = -(DEGREE_MEM) + NINETY_eBIT;
            MEMO_posHUGE = (DEGREE_MEM) + EIGHTY_eBIT; 
                            
            // Selecting The Lower of The Two Values
            if (MEMO_posHUGE >=  MEMO_posBIG)
              DUTY_CYCLE = MEMO_posHUGE;
            else 
              DUTY_CYCLE = MEMO_posBIG;   
          end
        ELEVEN_eBIT: 
          begin
            MEMO_posHUGE = -(DEGREE_MEM) + HUNDRED_eBIT;
            MEMO_posGIGANTIC = (DEGREE_MEM) + NINETY_eBIT;
                            
            // Selecting The Lower of The Two Values 
            if (MEMO_posHUGE >= MEMO_posGIGANTIC)
              DUTY_CYCLE = MEMO_posHUGE;
            else 
              DUTY_CYCLE = MEMO_posGIGANTIC - 3'b101;
          end
      endcase
    
    end 
  
  // Assigning The Value of Internal Register to Output Port
  assign PWM_DUTY = DUTY_CYCLE;
    
endmodule

// For LED Intensity Variation

module PWM_DUTY_MOD(
  input CLK,
  input RESET,
  input [7:0] PWM_DUTY_ONE,
  output PWM_OUT
    );
  
  //Up counter
  reg[7:0] Q_REG, Q_NEXT;
  //reg [8:0] duty = 0;
  reg [7:0] MEM_PWM_DUTY;
  
  always @(posedge CLK)
    begin
      MEM_PWM_DUTY = PWM_DUTY_ONE;
      if(~RESET == 1)
        begin
          Q_REG <= 1'b0;
        end
      else 
        begin 
          Q_REG <= Q_NEXT;
        end
    end
    
  //Next State Logic
  always @(*)
    begin
      Q_NEXT = Q_REG + 1;
    end
    
  //Output Logic
  assign PWM_OUT = (Q_REG < MEM_PWM_DUTY);

endmodule